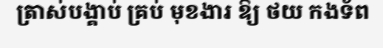
ត្រាស់បង្គាប់ គ្រប់ មុខងារ ឱ្យ ថយ កងទ័ព